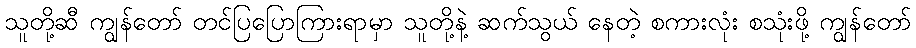
သူတို့ဆီ ကျွန်တော် တင်ပြပြောကြားရာမှာ သူတို့နဲ့ ဆက်သွယ် နေတဲ့ စကားလုံး စသုံးဖို့ ကျွန်တော်